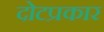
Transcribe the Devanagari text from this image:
दोटप्रकार